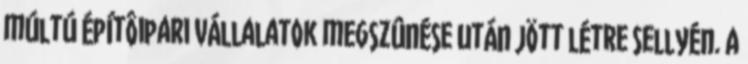
múltú építôipari vállalatok megszûnése után jött létre Sellyén. A